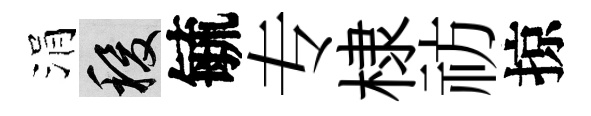
涓稷毓专棣祊掠